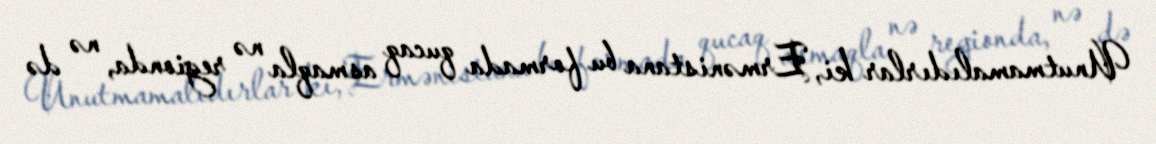
Unutmamalıdırlar ki, Ermənistana bu formada qucaq asmaqla nə regionda, nə də